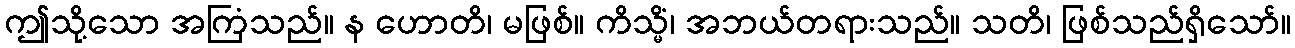
ဤသို့သော အကြံသည်။ န ဟောတိ၊ မဖြစ်။ ကိသ္မိံ၊ အဘယ်တရားသည်။ သတိ၊ ဖြစ်သည်ရှိသော်။